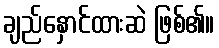
ချည်နှောင်ထားဆဲ ဖြစ်၏။